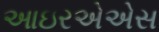
આઇરએએસ